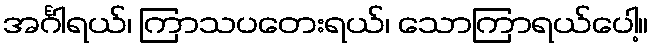
အင်္ဂါရယ်၊ ကြာသပတေးရယ်၊ သောကြာရယ်ပေါ့။